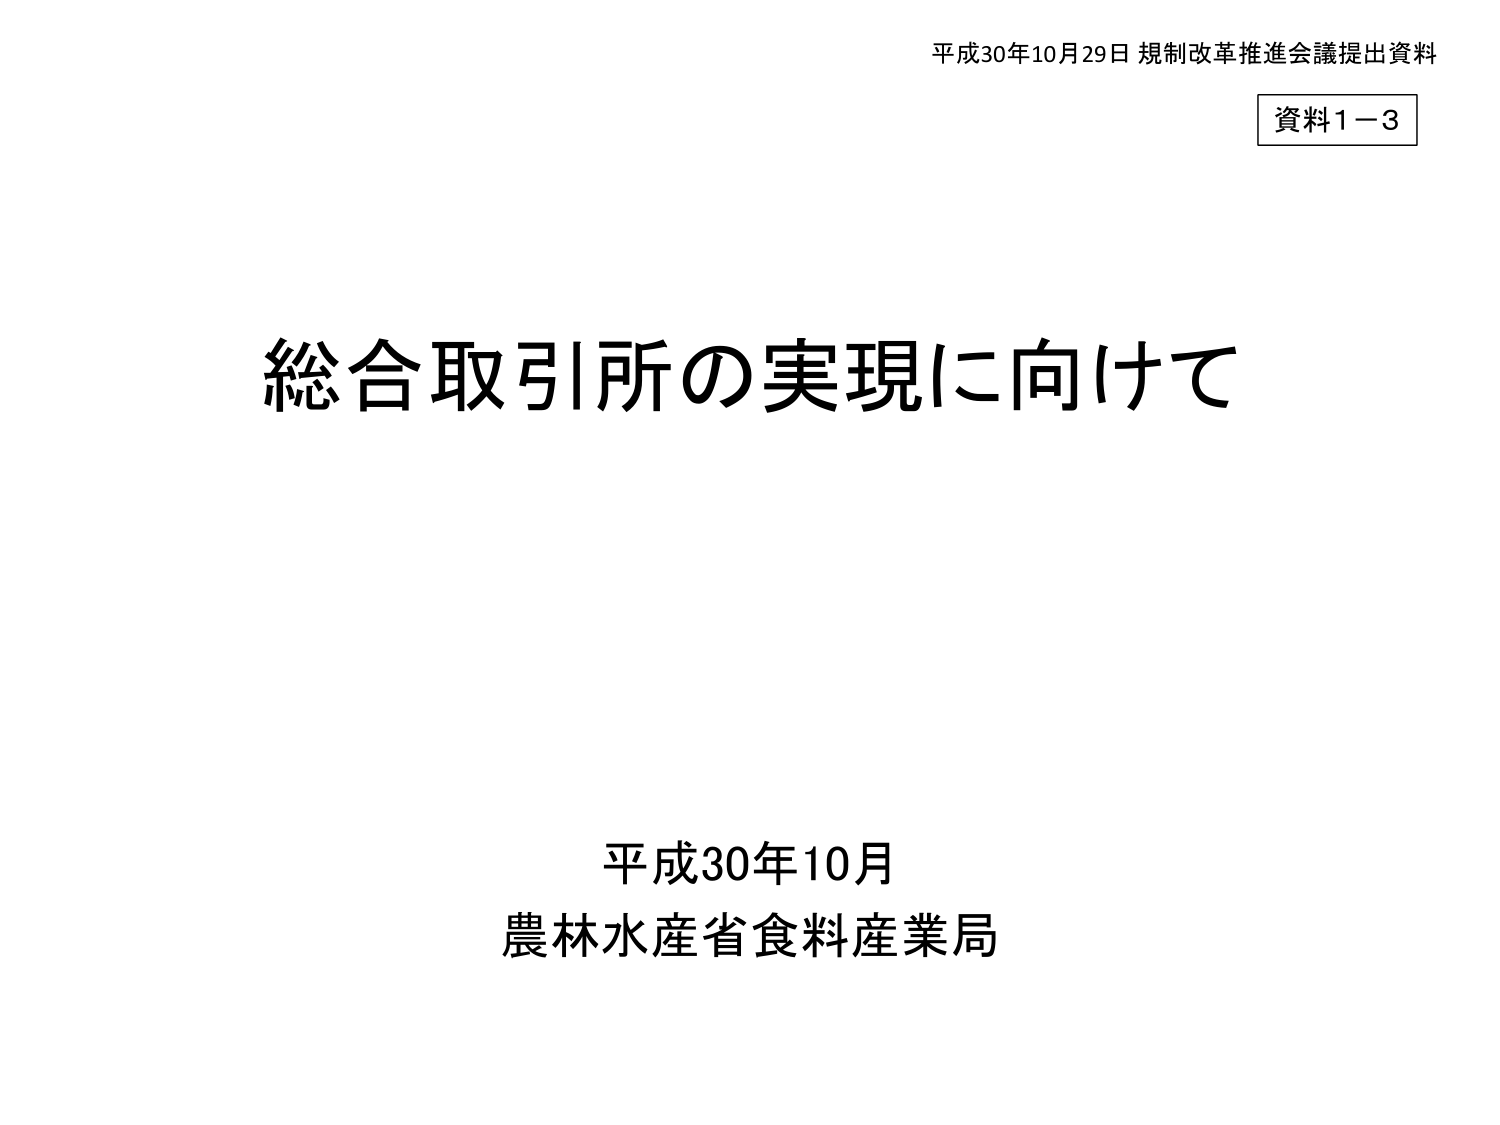
平成30年10月29日 規制改革推進会議提出資料
資料1－3

総合取引所の実現に向けて

平成30年10月
農林水産省食料産業局